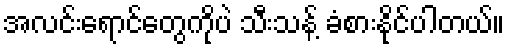
အလင်းရောင်တွေကိုပဲ သီးသန့် ခံစားနိုင်ပါတယ်။